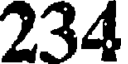
234